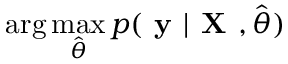
\arg \operatorname* { m a x } _ { \hat { \boldsymbol { \theta } } } p ( \textbf { y } | \textbf { X } , \hat { \boldsymbol { \theta } } )